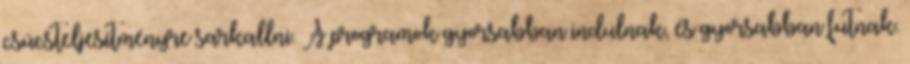
csúcsteljesítményre sarkallni. A programok gyorsabban indulnak, és gyorsabban futnak.